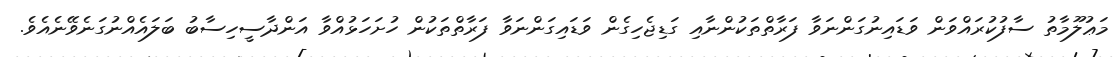
މަޢުލޫމާތު ސާފުކުރައްވަން ވަޑައިނުގަންނަވާ ފަރާތްތަކުންނާއި ގަޑިޖެހިގެން ވަޑައިގަންނަވާ ފަރާތްތަކުން ހުށަހަޅުއްވާ އަންދާސީހިސާބު ބަލައެއްނުގަނެވޭނެއެވެ.